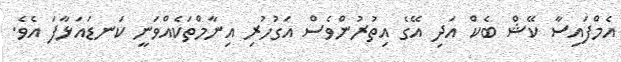
އެމްފައިސާ ކޭޝް ބެކް އަދި އޭގެ އިތުރުންވެސް އަގުހުރި އިނާމްތަކެއްވަނީ ކަނޑައަޅާފަ އެވެ.